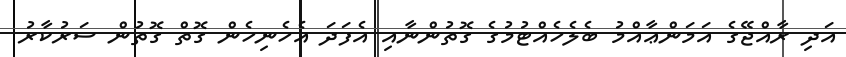
އަދި ރާއްޖޭގެ އަމަންޢާއްމު ބެލެހެއްޓުމުގެ ގޮތުންނާއި އެފަދަ އެހެނިހެން ގޮތް ގޮތުން ސަރުކާރު